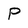
Character: p